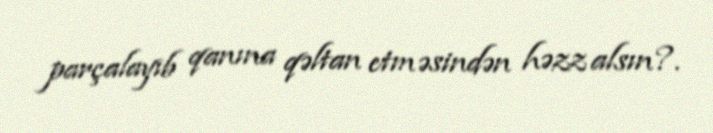
parçalayıb qanına qəltan etməsindən həzz alsın?.